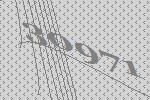
30971